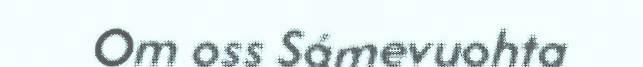
Om oss Sámevuohta